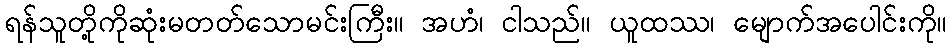
ရန်သူတို့ကိုဆုံးမတတ်သောမင်းကြီး။ အဟံ၊ ငါသည်။ ယူထဿ၊ မျောက်အပေါင်းကို။